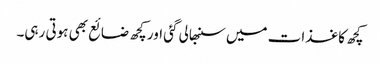
کچھ کاغذات میں سنبھالی گئی اور کچھ ضائع بھی ہوتی رہی۔